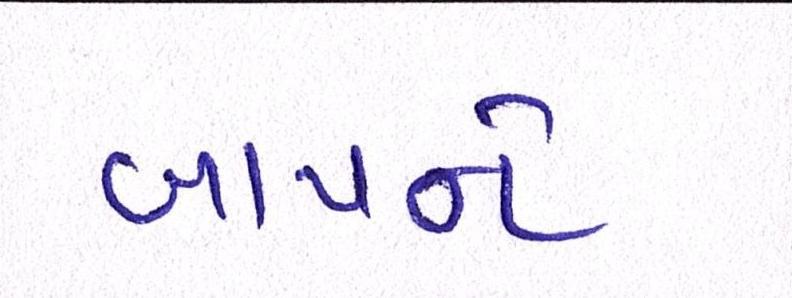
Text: બાપને